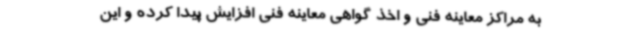
به مراکز معاینه فنی و اخذ گواهی معاینه فنی افزایش پیدا کرده و این